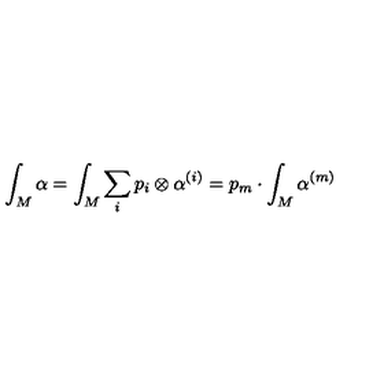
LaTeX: \int _ { M } \alpha = \int _ { M } \sum _ { i } p _ { i } \otimes \alpha ^ { ( i ) } = p _ { m } \cdot \int _ { M } \alpha ^ { ( m ) }